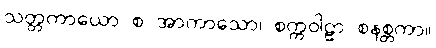
သတ္တကာယော စ အာကာသော၊ စက္ကဝါဠာ စနစ္တကာ။